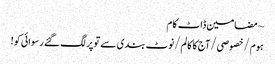
~ مضامین ڈاٹ کام
ہوم/خصوصی/آج کا کالم/نوٹ بندی سے تو پر لگ گئے رسوائی کو!